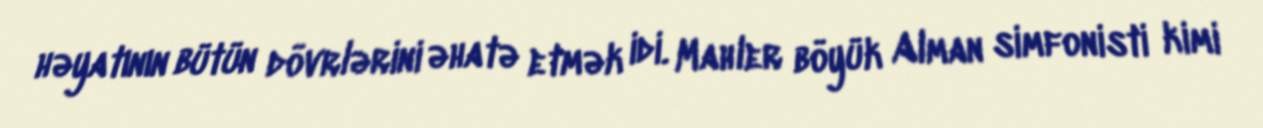
həyatının bütün dövrlərini əhatə etmək idi. Mahler böyük Alman simfonisti kimi